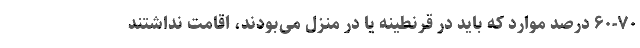
۶۰-۷۰ درصد موارد که باید در قرنطینه یا در منزل می‌بودند، اقامت نداشتند